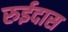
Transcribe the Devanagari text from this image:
रुईदास